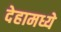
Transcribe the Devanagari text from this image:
देहामध्ये